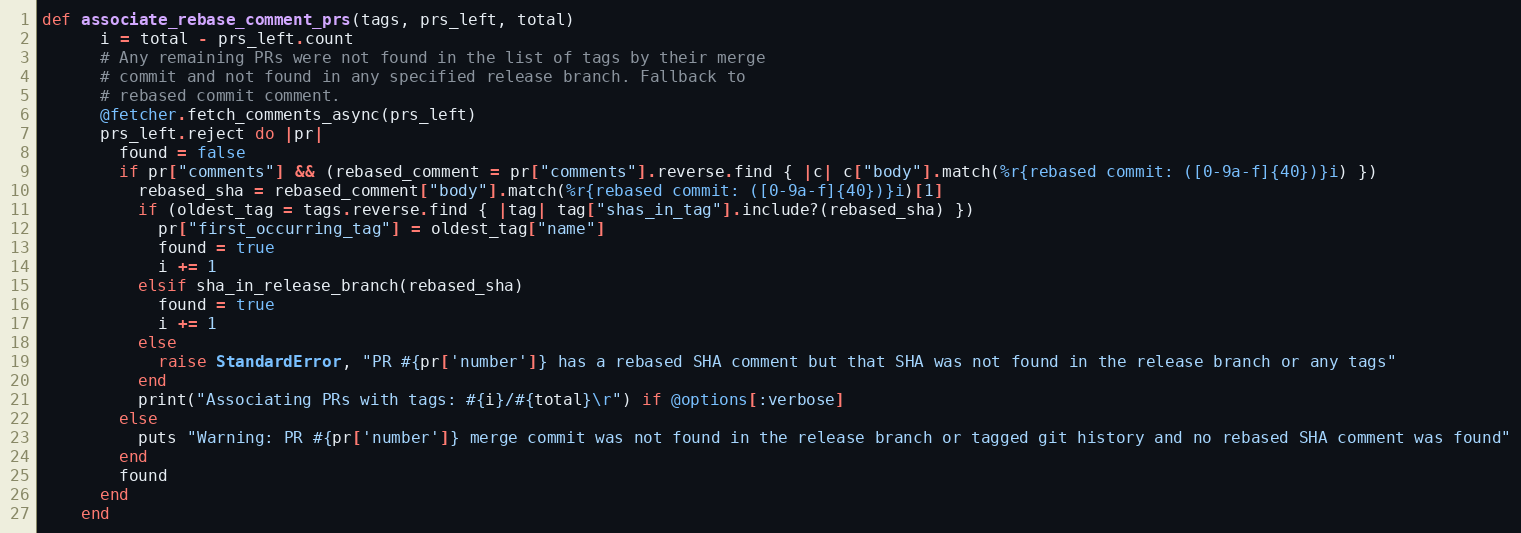
Language: Ruby
def associate_rebase_comment_prs(tags, prs_left, total)
      i = total - prs_left.count
      # Any remaining PRs were not found in the list of tags by their merge
      # commit and not found in any specified release branch. Fallback to
      # rebased commit comment.
      @fetcher.fetch_comments_async(prs_left)
      prs_left.reject do |pr|
        found = false
        if pr["comments"] && (rebased_comment = pr["comments"].reverse.find { |c| c["body"].match(%r{rebased commit: ([0-9a-f]{40})}i) })
          rebased_sha = rebased_comment["body"].match(%r{rebased commit: ([0-9a-f]{40})}i)[1]
          if (oldest_tag = tags.reverse.find { |tag| tag["shas_in_tag"].include?(rebased_sha) })
            pr["first_occurring_tag"] = oldest_tag["name"]
            found = true
            i += 1
          elsif sha_in_release_branch(rebased_sha)
            found = true
            i += 1
          else
            raise StandardError, "PR #{pr['number']} has a rebased SHA comment but that SHA was not found in the release branch or any tags"
          end
          print("Associating PRs with tags: #{i}/#{total}\r") if @options[:verbose]
        else
          puts "Warning: PR #{pr['number']} merge commit was not found in the release branch or tagged git history and no rebased SHA comment was found"
        end
        found
      end
    end